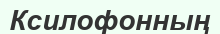
Ксилофонның